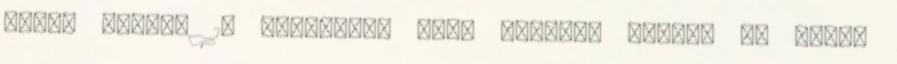
levon kemény 10 forintot, majd azonnal vissza is tölti